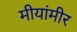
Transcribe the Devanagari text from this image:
मीयांमीर